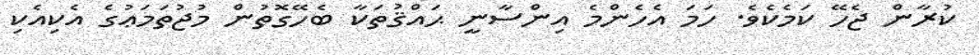
ކުރާން ޖެހޭ ކަމެކެވެ. ހަމަ އެހެންމެ އިންސާނީ ޙައްޤުތަކާ ބެހޭގޮތުން މުޖުތަމަޢުގެ އެކިއެކި